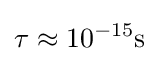
\tau \approx 10^{-15}{\text{s}}